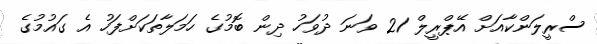
ސްރީލަންކާއަށް އޭޕްރީލް 21 ވަނަ ދުވަހު ދިން ބޮމުގެ ހަމަލާތަކަށްފަހު އެ ގައުމުގެ